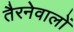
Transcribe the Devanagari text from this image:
तैरनेवालों